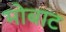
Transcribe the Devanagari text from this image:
मोबाट